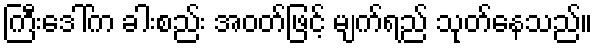
ကြီးဒေါ်က ခါးစည်း အဝတ်ဖြင့် မျက်ရည် သုတ်နေသည်။